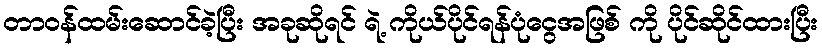
တာဝန်ထမ်းဆောင်ခဲ့ပြီး အခုဆိုရင် ရဲ့ ကိုယ်ပိုင်ရန်ပုံငွေအဖြစ် ကို ပိုင်ဆိုင်ထားပြီး